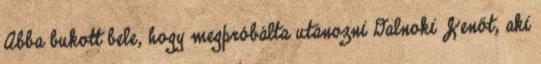
Abba bukott bele, hogy megpróbálta utánozni Dalnoki Jenőt, aki